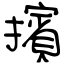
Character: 擯